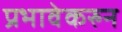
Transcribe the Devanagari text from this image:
प्रभावेकरुन